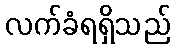
လက်ခံရရှိသည်